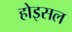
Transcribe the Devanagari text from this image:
होइसल